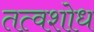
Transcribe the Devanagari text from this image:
तत्वशोध